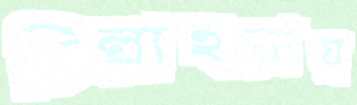
চিল্লাহল্লায়